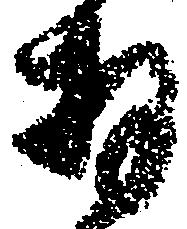
存